Problem: 37 + 47 = ?
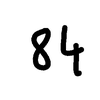
Handwritten answer: 84